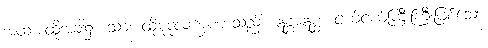
အထ၊ ထိုအခါ၌။ သာ၊ ထိုမုဒုလက္ခဏာသည်။ ဣစ္ဆာဣစ္ဆံ၊ ငယ်ငယ်ကြီးကြီးဖြစ်သော